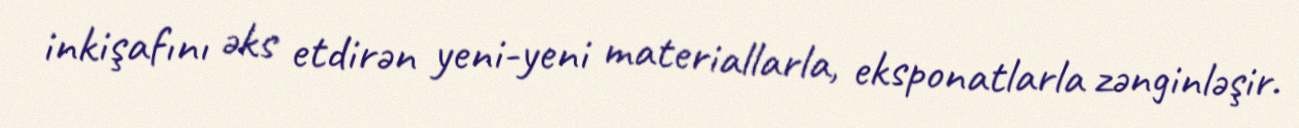
inkişafını əks etdirən yeni-yeni materiallarla, eksponatlarla zənginləşir.